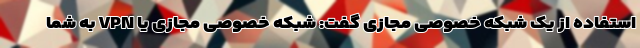
استفاده از یک شبکه خصوصی مجازی گفت: شبکه خصوصی مجازی یا VPN به شما